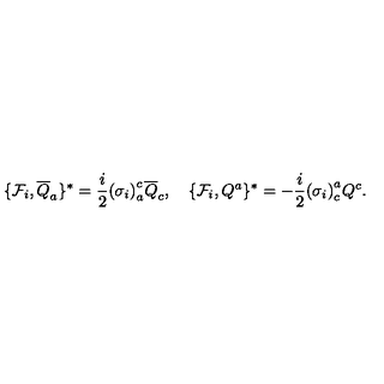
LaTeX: \lbrace { \cal F } _ { i } , { \overline { { Q } } } _ { a } \rbrace ^ { \ast } = \frac { i } { 2 } { ( \sigma _ { i } ) } _ { a } ^ { c } { \overline { { Q } } } _ { c } , \quad \lbrace { \cal F } _ { i } , Q ^ { a } \rbrace ^ { \ast } = - \frac { i } { 2 } { ( \sigma _ { i } ) } _ { c } ^ { a } Q ^ { c } .